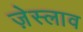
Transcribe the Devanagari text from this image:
ज़ेस्लाव